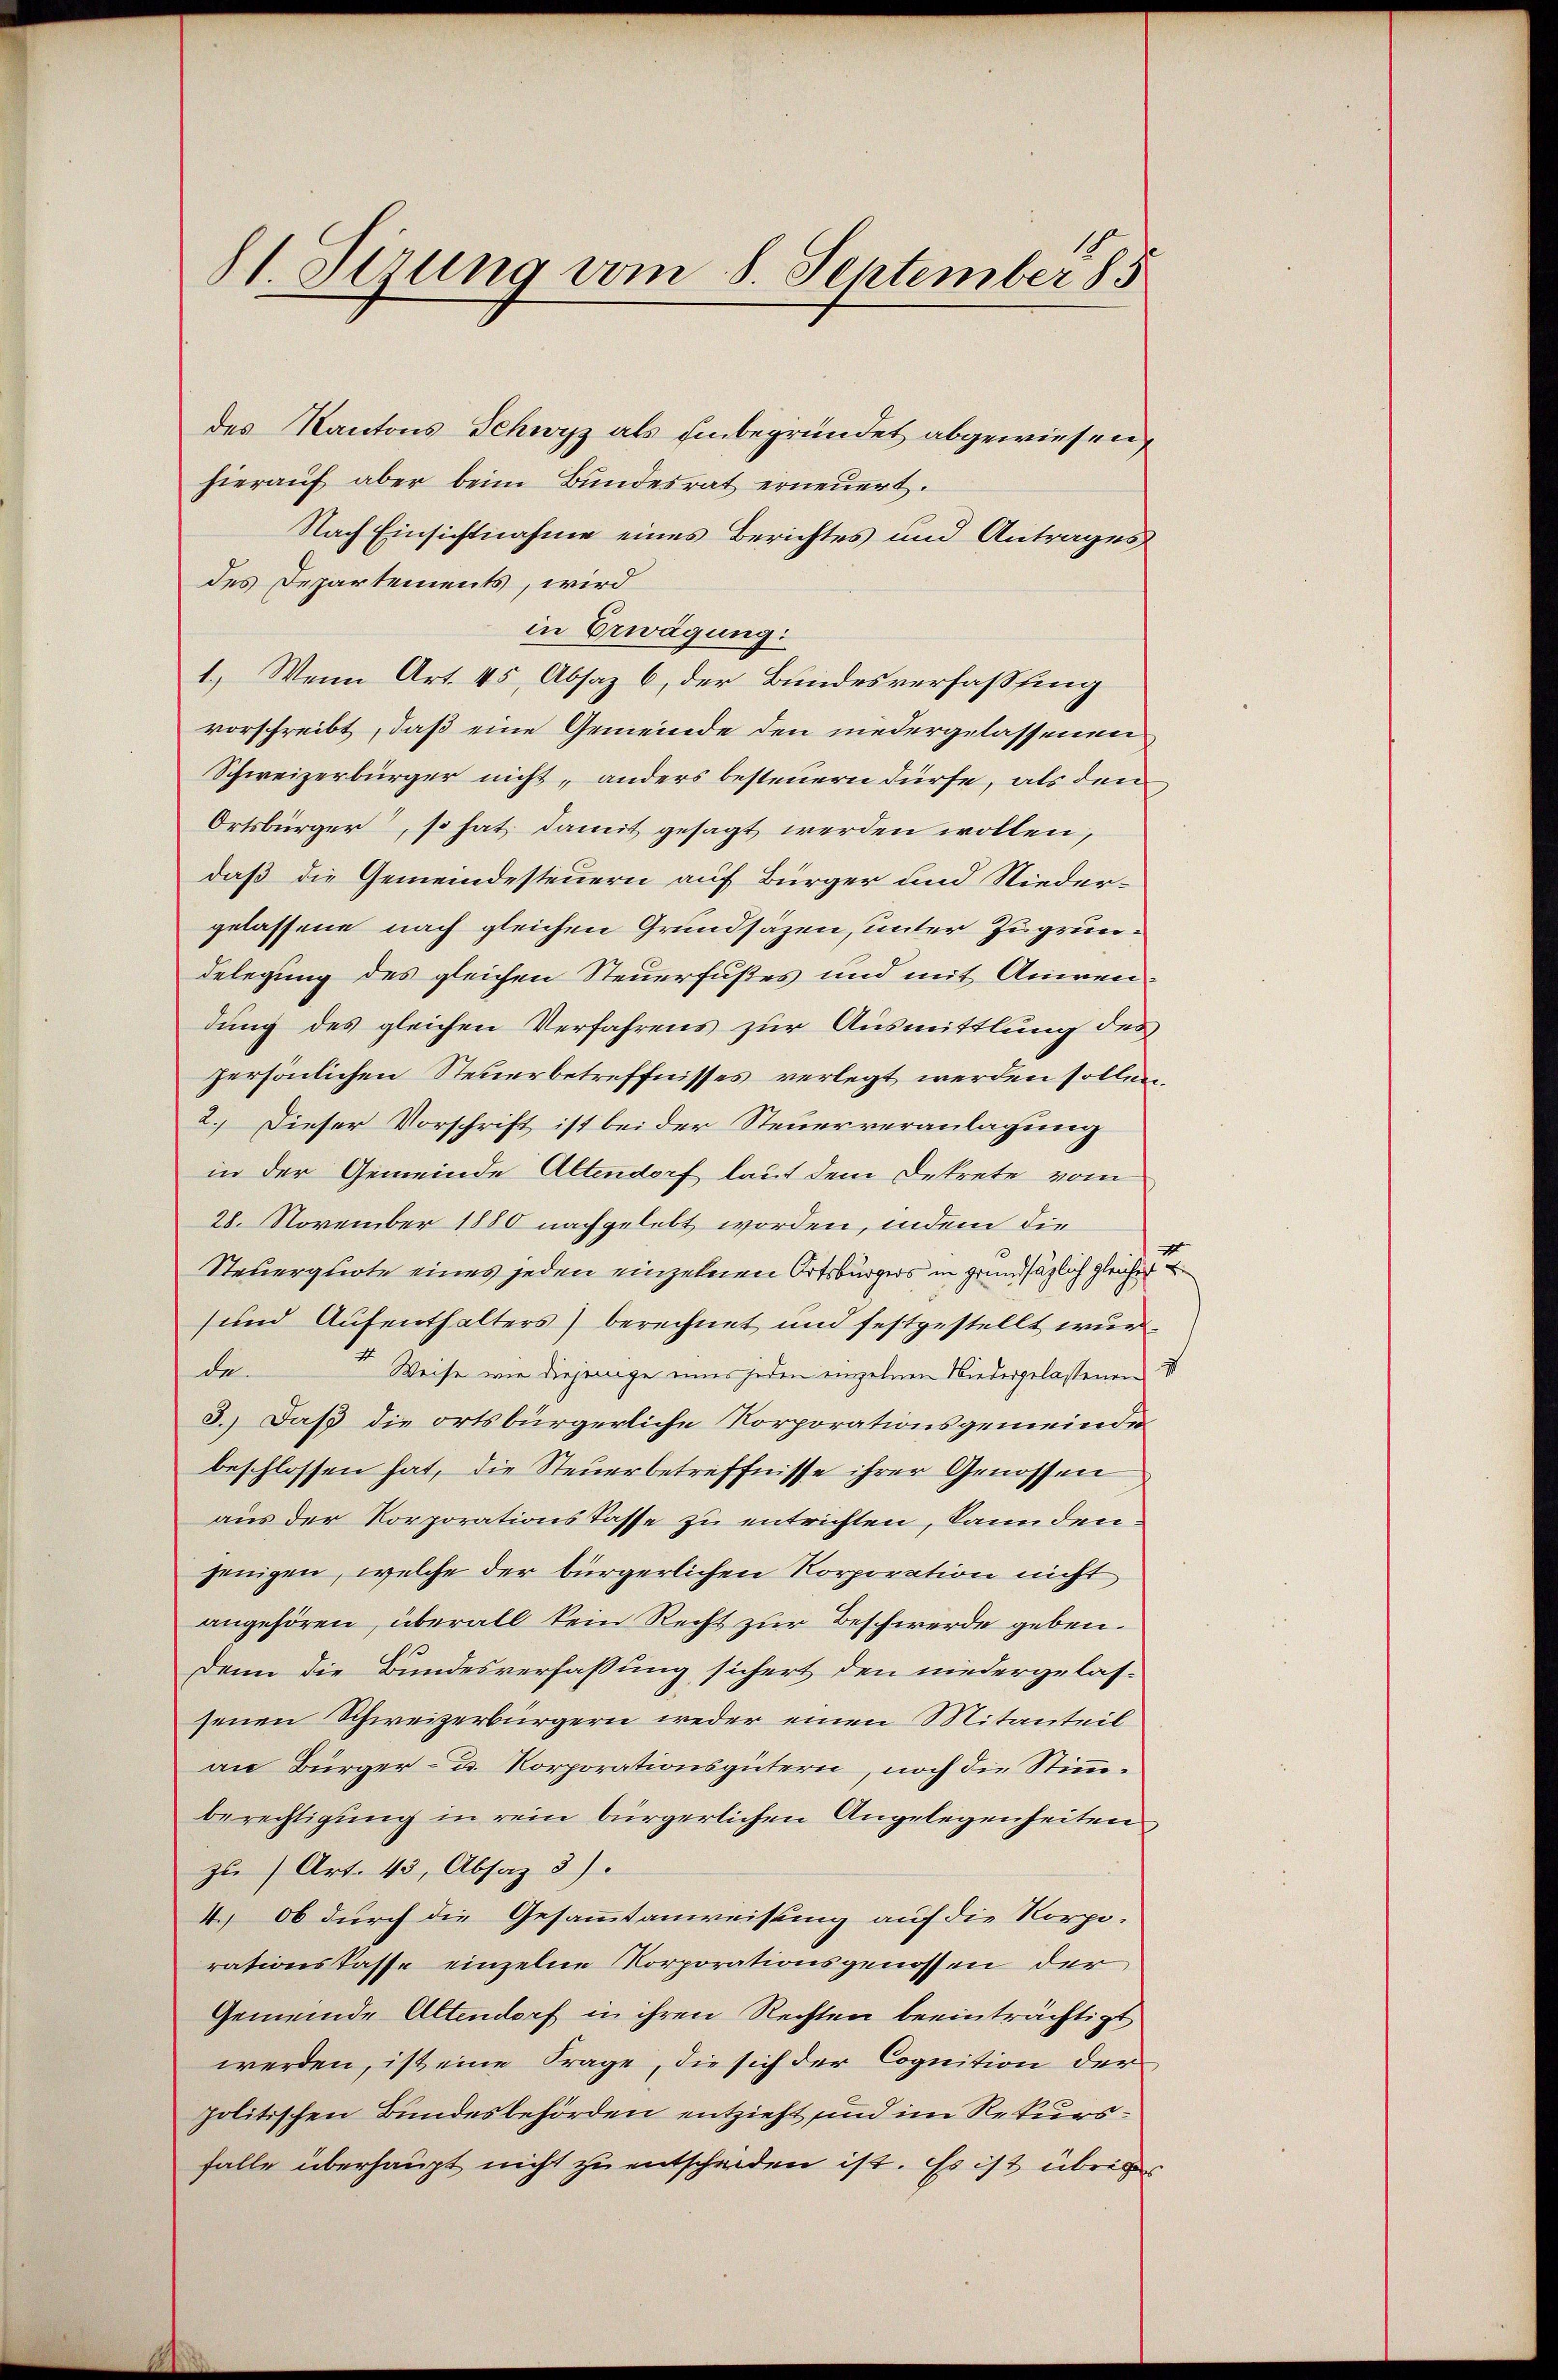
des Kantons Schwyz als einbegründet abgewiesen,
hierauf aber beim Bundesrat erneuert.
Nach Einsichtnahme eines Berichtes und Antrages
des Departements, wird
in Erwägung:
1.) Wenn Art. 45, Absaz 6, der Bundesverfassung
vorschreibt, daß eine Gemeinde den niedergelassenen
Schweizerbürger nicht, anders besteuern dürfe, als den
Ortsbürger, so hat damit gesagt werden wollen,
daß die Gemeindesteuern auf Bürger und Nieder-
gelassene nach gleichen Grundsäzen, unter Zugrundelegung des gleichen Steuerfußes und mit Anwendung des gleichen Verfahrens zur Ausmittlung des
persönlichen Steuerbetreffnisses verlegt werden sollen
2.) Dieser Vorschrift ist bei der Steuerveranlagung
in der Gemeinde Altendorf laut dem Dekrete vom
28. November 1880 nachgelebt worden, indem die
Steuerquote eines jeden einzelnen Ortsbürgers in grundsätzlich gleicher E
und Aufenthalters) berechnet und festgestellt wurde.
4 Weise wie diejenige eines jeden einzelnen Niedergelassenen S
3.) Daß die ortsbürgerliche Korporationsgemeinde
beschlossen hat, die Steuerbetreffnisse ihrer Genossen
aus der Korporations Tasse zu entrichten, dann denjenigen, welche der bürgerlichen Korporation nicht
angehören, überall kein Recht zur Beschwerde geben.
Denn die Bundesverfassung sichert den niedergelas-
senen Schweizerbürgern weder einen Mitanteil
an Bürger- u. Korporationsgütern, noch die Stimmberechtigung in rein bürgerlichen Angelegenheiten
zu (Art. 43, Absaz 3).
4. Ob durch die Gesammtanweisung auf die Korpo-
rationskasse einzelne Korporationsgenossen der
Gemeinde Altendorf in ihren Rechten beeinträchtigt
werden, ist eine Frage, die sich der Cognition der
politischen Bundesbehörden entzieht sind im Rekursfalle überhaupt nicht zu entscheiden ist. Es ist übrige

11. Sirung vom 8. September 185